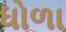
ધોળા